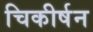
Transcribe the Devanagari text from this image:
चिकीर्षन